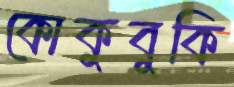
কোকুবুকি